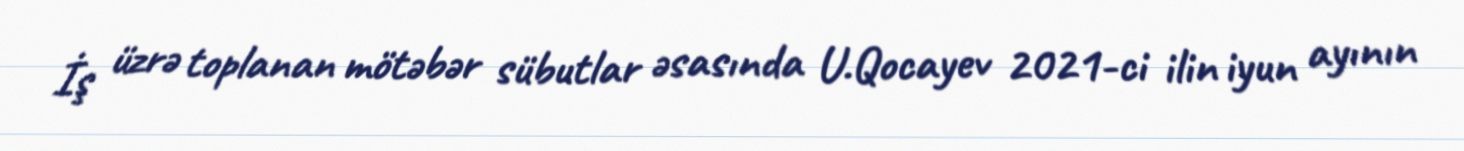
İş üzrə toplanan mötəbər sübutlar əsasında U.Qocayev 2021-ci ilin iyun ayının